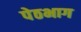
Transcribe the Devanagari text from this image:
पेठभाग